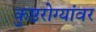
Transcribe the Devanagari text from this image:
कुष्ठरोग्यांवर